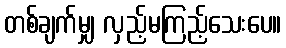
တစ်ချက်မျှ လှည့်မကြည့်သေးပေ။